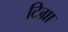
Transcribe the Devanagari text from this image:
टिग्रा